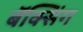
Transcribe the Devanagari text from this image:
बॅक्सिंग